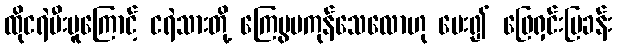
ထိုငရဲမီးပူကြောင့် ငရဲသားတို့ ကြေမွမကုန်သေလောဟု မေး၍ ဖြေရှင်းပြခန်း